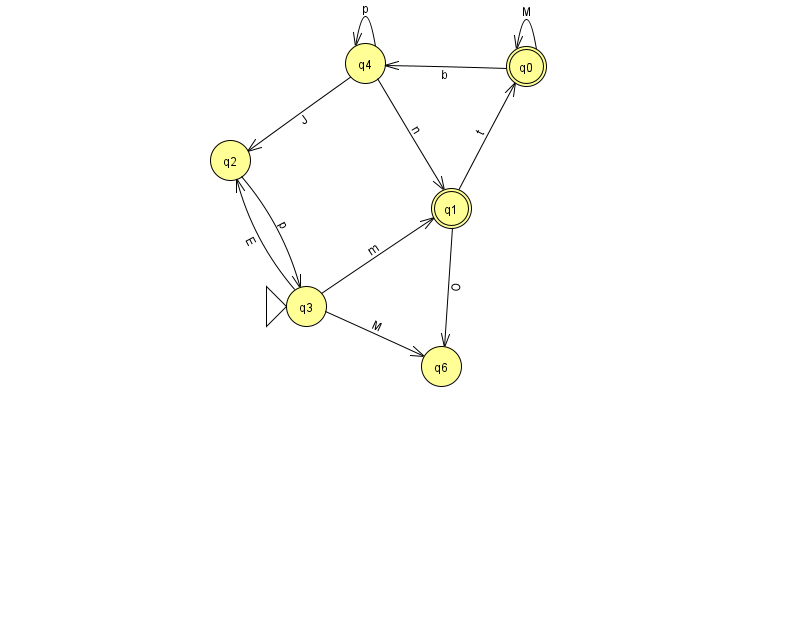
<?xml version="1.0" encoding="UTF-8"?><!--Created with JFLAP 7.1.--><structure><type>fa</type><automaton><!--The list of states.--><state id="0" name="q0"><x>526.0</x><y>53.0</y><final/></state><state id="1" name="q1"><x>451.0</x><y>195.0</y><final/></state><state id="2" name="q2"><x>230.0</x><y>147.0</y></state><state id="3" name="q3"><x>306.0</x><y>293.0</y><initial/></state><state id="4" name="q4"><x>365.0</x><y>50.0</y></state><state id="6" name="q6"><x>441.0</x><y>353.0</y></state><!--The list of transitions.--><transition><from>4</from><to>4</to><read>p</read></transition><transition><from>0</from><to>4</to><read>b</read></transition><transition><from>1</from><to>0</to><read>t</read></transition><transition><from>1</from><to>6</to><read>O</read></transition><transition><from>3</from><to>1</to><read>m</read></transition><transition><from>4</from><to>2</to><read>J</read></transition><transition><from>4</from><to>1</to><read>n</read></transition><transition><from>3</from><to>2</to><read>E</read></transition><transition><from>0</from><to>0</to><read>M</read></transition><transition><from>3</from><to>6</to><read>M</read></transition><transition><from>2</from><to>3</to><read>p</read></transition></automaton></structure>